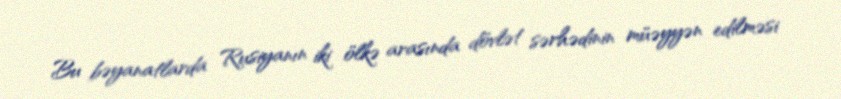
Bu bəyanatlarda Rusiyanın iki ölkə arasında dövlət sərhədinin müəyyən edilməsi